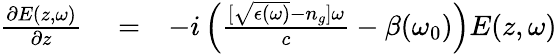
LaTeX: \begin{array}{rlr}{\frac{\partial E(z,\omega)}{\partial z}}&{{}=}&{-i\left(\frac{[\sqrt{\epsilon(\omega)}-n_{g}]\omega}{c}-\beta(\omega_{0})\right)E(z,\omega)}\end{array}